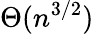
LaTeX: \Theta(n^{3/2})